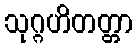
သုဂ္ဂဟိတတ္တာ